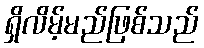
ရှိလိမ့်မည်ဖြစ်သည်